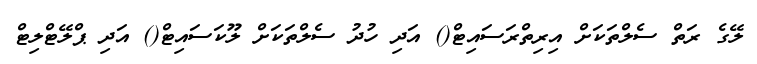
ލޭގެ ރަތް ސެލްތަކަށް އިރިތްރަސައިޓް() އަދި ހުދު ސެލްތަކަށް ލޫކަސައިޓް() އަދި ޕްލޭޓްލިޓް